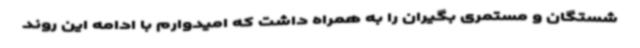
شستگان و مستمری بگیران را به همراه داشت که امیدوارم با ادامه این روند